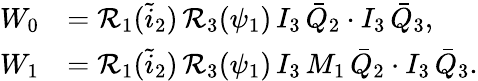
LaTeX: \begin{array}{rl}{W_{0}}&{=\mathcal{R}_{1}(\tilde{i}_{2})\, \mathcal{R}_{3}(\psi_{1})\, I_{3}\, \bar{Q}_{2}\cdot I_{3}\, \bar{Q}_{3},}\\ {W_{1}}&{=\mathcal{R}_{1}(\tilde{i}_{2})\, \mathcal{R}_{3}(\psi_{1})\, I_{3}\, M_{1}\, \bar{Q}_{2}\cdot I_{3}\, \bar{Q}_{3}.}\end{array}